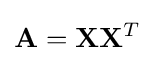
{\mathbf {A} }=\mathbf {X} \mathbf {X} ^{T}